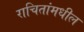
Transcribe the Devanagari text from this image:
राचितांमधील